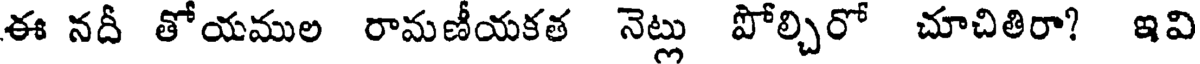
ఈ నదీ తోయముల రామణీయకత నెట్లు పోల్చిరో చూచితిరా? ఇవి